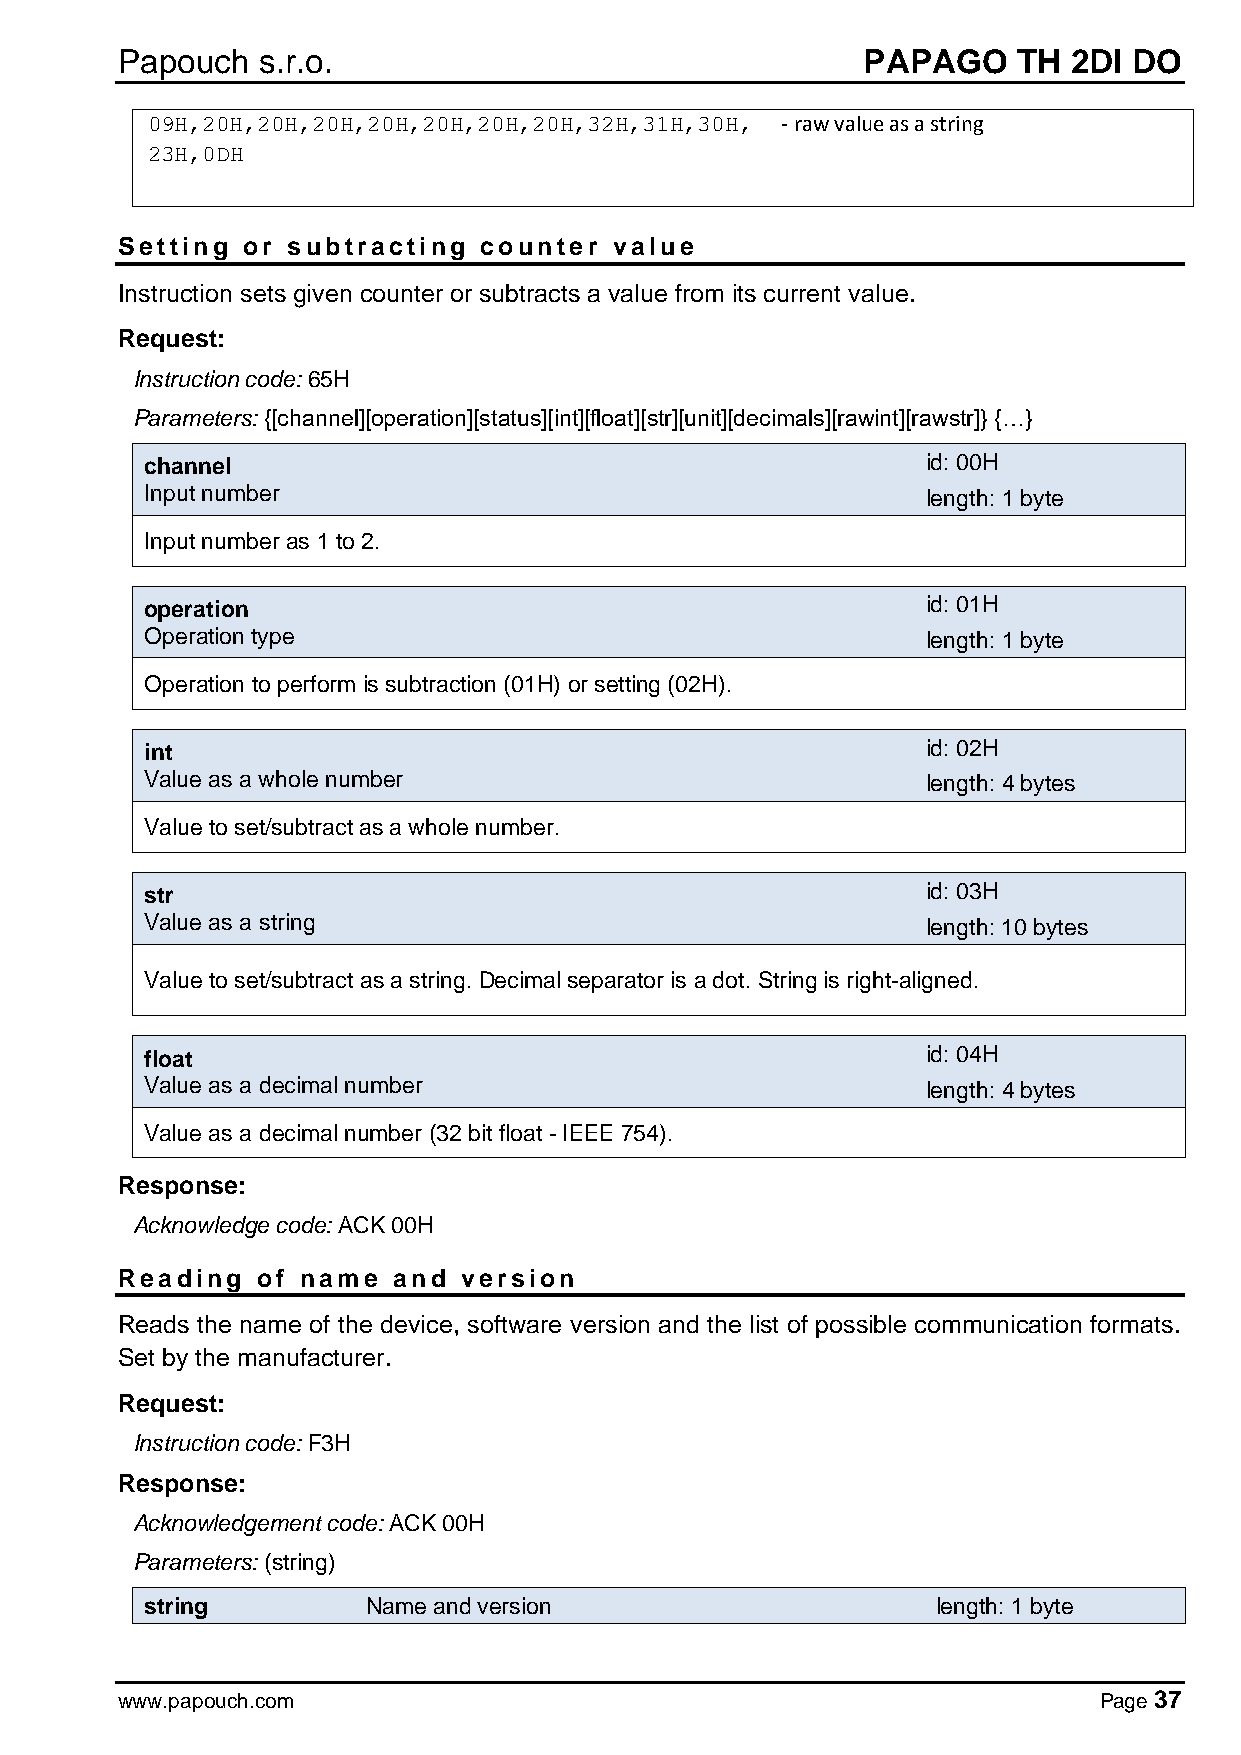
Papouch  s.r.o.                                  PAPAGO    TH  2DI DO
 09H,20H,20H,20H,20H,20H,20H,20H,32H,31H,30H, - raw value as a string
 23H,0DH
 Setting or subtracting  counter  value
 Instruction sets given counter or subtracts a value from its current value.
 Request:
 Instruction code: 65H
 Parameters: {[channel][operation][status][int][float][str][unit][decimals][rawint][rawstr]} {…}
 channel                                            id: 00H
 Input number                                       length: 1 byte
 Input number as 1 to 2.
 operation                                          id: 01H
 Operation type                                     length: 1 byte
 Operation to perform is subtraction (01H) or setting (02H).
 int                                                id: 02H
 Value as a whole number                            length: 4 bytes
 Value to set/subtract as a whole number.
 str                                                id: 03H
 Value as a string                                  length: 10 bytes
 Value to set/subtract as a string. Decimal separator is a dot. String is right-aligned.
 float                                              id: 04H
 Value as a decimal number                          length: 4 bytes
 Value as a decimal number (32 bit float - IEEE 754).
 Response:
 Acknowledge code: ACK 00H
 Reading  of name  and version
 Reads the name of the device, software version and the list of possible communication formats.
 Set by the manufacturer.
 Request:
 Instruction code: F3H
 Response:
 Acknowledgement code: ACK 00H
 Parameters: (string)
 string        Name and version                      length: 1 byte
 www.papouch.com                                                  Page 37